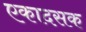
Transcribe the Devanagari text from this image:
एकादसक